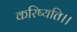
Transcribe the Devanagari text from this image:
करिष्यति।।